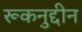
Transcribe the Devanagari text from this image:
रूकनुद्दीन